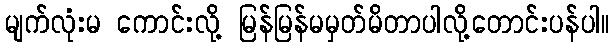
မျက်လုံးမ ကောင်းလို့ မြန်မြန်မမှတ်မိတာပါလို့တောင်းပန်ပါ။